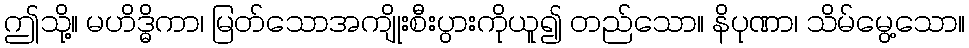
ဤသို့။ မဟိဒ္ဓိကာ၊ မြတ်သောအကျိုးစီးပွားကိုယူ၍ တည်သော။ နိပုဏာ၊ သိမ်မွေ့သော။